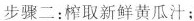
步骤二：榨取新鲜黄瓜汁；